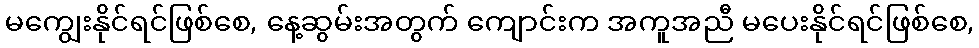
မကျွေးနိုင်ရင်ဖြစ်စေ, နေ့ဆွမ်းအတွက် ကျောင်းက အကူအညီ မပေးနိုင်ရင်ဖြစ်စေ,